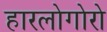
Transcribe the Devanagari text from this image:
हारलोगोरो